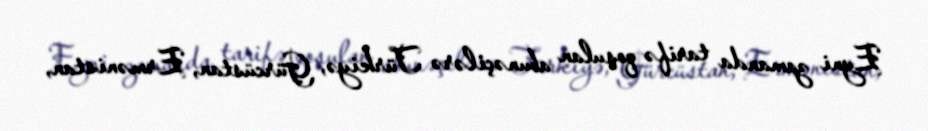
Eyni zamanda tarifə qoşulan abunəçilərə Türkiyə, Gürcüstan, Ermənistan,